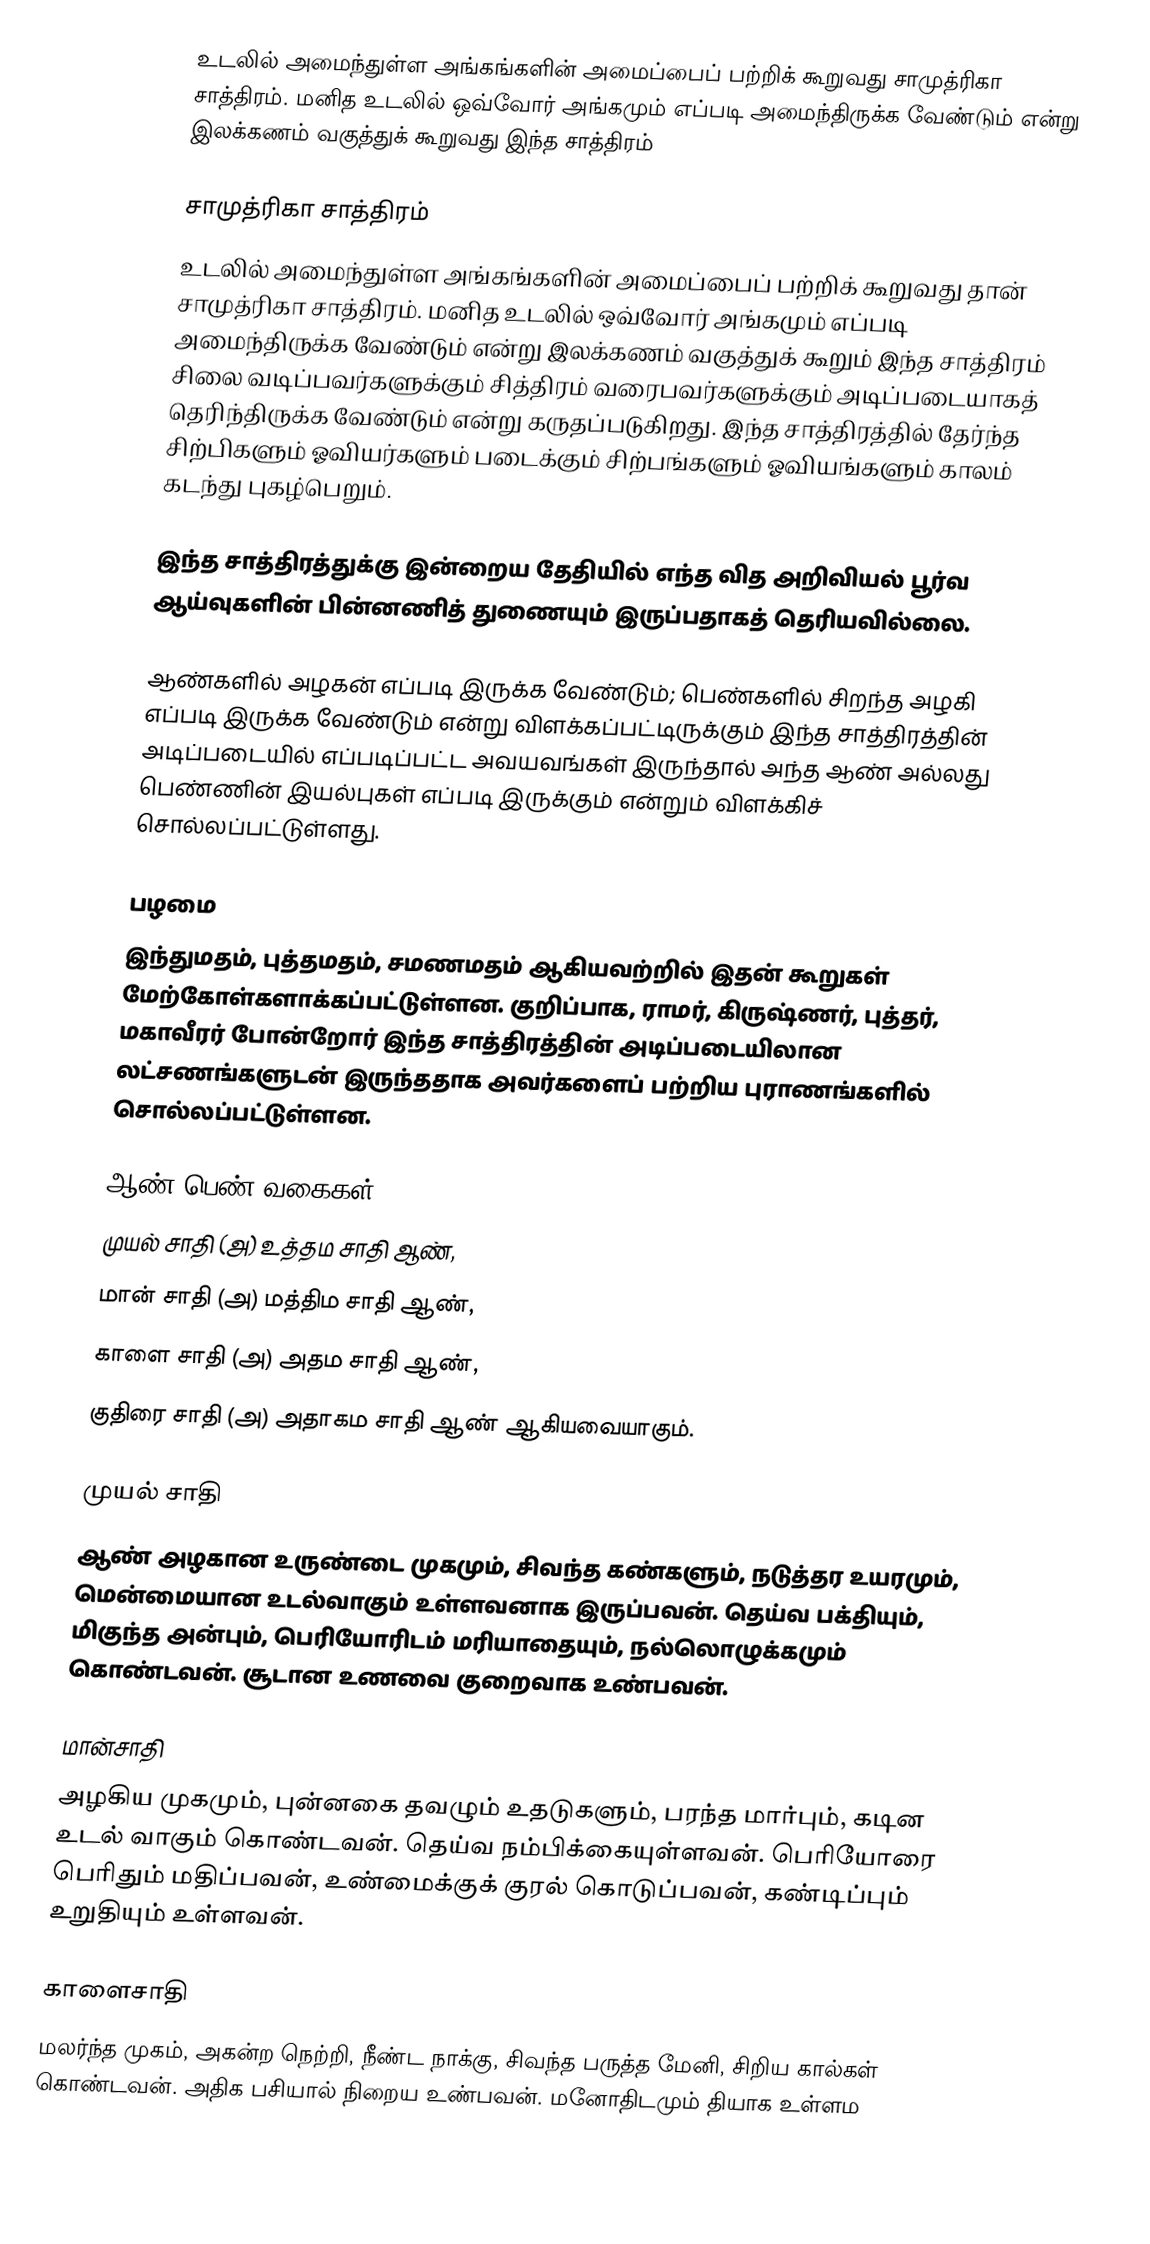
உடலில் அமைந்துள்ள அங்கங்களின் அமைப்பைப் பற்றிக் கூறுவது சாமுத்ரிகா சாத்திரம். மனித உடலில் ஒவ்வோர் அங்கமும் எப்படி அமைந்திருக்க வேண்டும் என்று இலக்கணம் வகுத்துக் கூறுவது இந்த சாத்திரம்

சாமுத்ரிகா சாத்திரம்
உடலில் அமைந்துள்ள அங்கங்களின் அமைப்பைப் பற்றிக் கூறுவது தான் சாமுத்ரிகா சாத்திரம். மனித உடலில் ஒவ்வோர் அங்கமும் எப்படி அமைந்திருக்க வேண்டும் என்று இலக்கணம் வகுத்துக் கூறும் இந்த சாத்திரம் சிலை வடிப்பவர்களுக்கும் சித்திரம் வரைபவர்களுக்கும் அடிப்படையாகத் தெரிந்திருக்க வேண்டும் என்று கருதப்படுகிறது. இந்த சாத்திரத்தில் தேர்ந்த சிற்பிகளும் ஓவியர்களும் படைக்கும் சிற்பங்களும் ஓவியங்களும் காலம் கடந்து புகழ்பெறும்.

இந்த சாத்திரத்துக்கு இன்றைய தேதியில் எந்த வித அறிவியல் பூர்வ ஆய்வுகளின் பின்னணித் துணையும் இருப்பதாகத் தெரியவில்லை.

ஆண்களில் அழகன் எப்படி இருக்க வேண்டும்; பெண்களில் சிறந்த அழகி எப்படி இருக்க வேண்டும் என்று விளக்கப்பட்டிருக்கும் இந்த சாத்திரத்தின் அடிப்படையில் எப்படிப்பட்ட அவயவங்கள் இருந்தால் அந்த ஆண் அல்லது பெண்ணின் இயல்புகள் எப்படி இருக்கும் என்றும் விளக்கிச் சொல்லப்பட்டுள்ளது.

பழமை
இந்துமதம், புத்தமதம், சமணமதம் ஆகியவற்றில் இதன் கூறுகள் மேற்கோள்களாக்கப்பட்டுள்ளன. குறிப்பாக, ராமர், கிருஷ்ணர், புத்தர், மகாவீரர் போன்றோர் இந்த சாத்திரத்தின் அடிப்படையிலான லட்சணங்களுடன் இருந்ததாக அவர்களைப் பற்றிய புராணங்களில் சொல்லப்பட்டுள்ளன.

ஆண் பெண் வகைகள்
    முயல் சாதி (அ) உத்தம சாதி ஆண்,
    மான் சாதி (அ) மத்திம சாதி ஆண்,
    காளை சாதி (அ) அதம சாதி ஆண்,
    குதிரை சாதி (அ) அதாகம சாதி ஆண் ஆகியவையாகும்.

முயல் சாதி
ஆண் அழகான உருண்டை முகமும், சிவந்த கண்களும், நடுத்தர உயரமும், மென்மையான உடல்வாகும் உள்ளவனாக இருப்பவன். தெய்வ பக்தியும், மிகுந்த அன்பும், பெரியோரிடம் மரியாதையும், நல்லொழுக்கமும் கொண்டவன். சூடான உணவை குறைவாக உண்பவன்.

மான்சாதி
அழகிய முகமும், புன்னகை தவழும் உதடுகளும், பரந்த மார்பும், கடின உடல் வாகும் கொண்டவன். தெய்வ நம்பிக்கையுள்ளவன். பெரியோரை பெரிதும் மதிப்பவன், உண்மைக்குக் குரல் கொடுப்பவன், கண்டிப்பும் உறுதியும் உள்ளவன்.

காளைசாதி
மலர்ந்த முகம், அகன்ற நெற்றி, நீண்ட நாக்கு, சிவந்த பருத்த மேனி, சிறிய கால்கள் கொண்டவன். அதிக பசியால் நிறைய உண்பவன். மனோதிடமும் தியாக உள்ளம